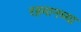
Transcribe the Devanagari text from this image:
रहमानच्या